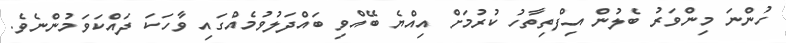
ހުންނަ މިންވަރު ބެލުން އިފްތިތާހު ކުރުމަށް އިއްޔެ ބޭއްވި ބައްދަލުވުމެއްގައި ވާހަކަ ދައްކަވަމުންނެވެ.